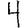
Digit: 4